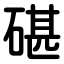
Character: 碪